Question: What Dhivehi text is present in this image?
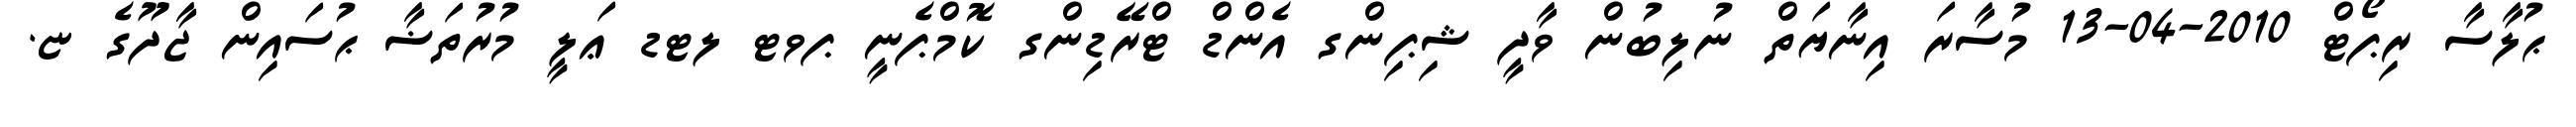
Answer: ޙުލާސާ ރިޕޯޓް 2010-04-13 މުސާރަ އިނާޔަތް ނުލިބުން ވާދީ ޝިޕިންގ އެންޑް ޓްރޭޑިންގ ކޮމްޕެނީ ޕވޓ ލޓޑ ޢަލީ މުރުތަޟާ ޙުސައިން ޖާދޫގެ ޏ.